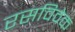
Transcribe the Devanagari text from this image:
रसविवेक